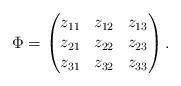
LaTeX: \begin{align*}\Phi=\begin{pmatrix}z_{11} & z_{12} & z_{13} \\ z_{21} & z_{22} & z_{23} \\ z_{31} & z_{32} & z_{33}\end{pmatrix}.\end{align*}